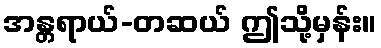
အန္တရာယ်-တဆယ် ဤသို့မှန်း။